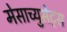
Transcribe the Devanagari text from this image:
मेसाच्युसेट्स